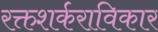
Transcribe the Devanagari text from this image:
रक्तशर्कराविकार